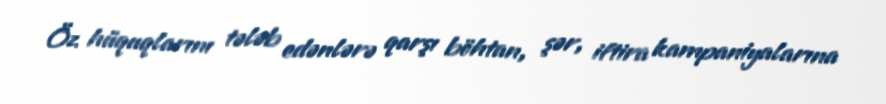
Öz hüquqlarını tələb edənlərə qarşı böhtan, şər, iftira kampaniyalarına